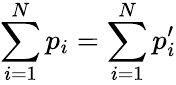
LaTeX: \sum_{i=1}^{N}p_{i}=\sum_{i=1}^{N}p_{i}^{\prime}